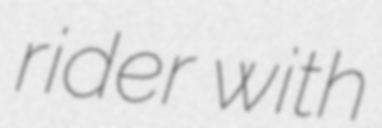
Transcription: rider with